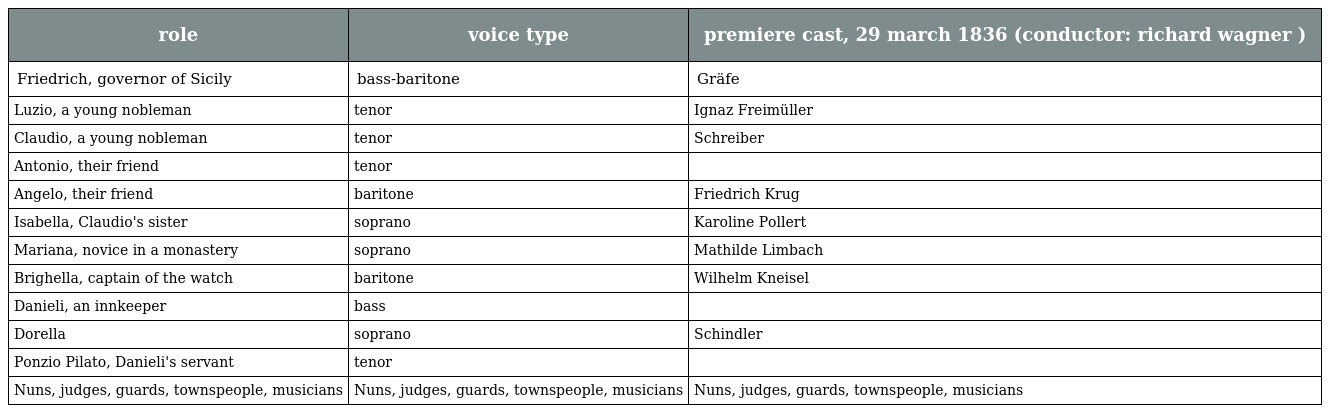
| role | voice type | premiere cast, 29 march 1836 (conductor: richard wagner ) |
 | --- | --- | --- |
 | Friedrich, governor of Sicily | bass-baritone | Gräfe |
 | Luzio, a young nobleman | tenor | Ignaz Freimüller |
 | Claudio, a young nobleman | tenor | Schreiber |
 | Antonio, their friend | tenor |  |
 | Angelo, their friend | baritone | Friedrich Krug |
 | Isabella, Claudio's sister | soprano | Karoline Pollert |
 | Mariana, novice in a monastery | soprano | Mathilde Limbach |
 | Brighella, captain of the watch | baritone | Wilhelm Kneisel |
 | Danieli, an innkeeper | bass |  |
 | Dorella | soprano | Schindler |
 | Ponzio Pilato, Danieli's servant | tenor |  |
 | Nuns, judges, guards, townspeople, musicians | Nuns, judges, guards, townspeople, musicians | Nuns, judges, guards, townspeople, musicians |